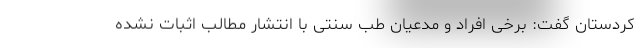
کردستان گفت: برخی افراد و مدعیان طب سنتی با انتشار مطالب اثبات نشده